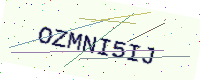
Text: OZMNI5IJ